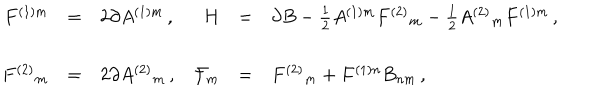
LaTeX: \begin{array} { r c l r c l } { { F ^ { ( 1 ) m } } } & { { = } } & { { 2 \partial A ^ { ( 1 ) m } \, , } } & { { H } } & { { = } } & { { \partial B - { \textstyle \frac { 1 } { 2 } } A ^ { ( 1 ) m } F ^ { ( 2 ) } { } _ { m } - { \textstyle \frac { 1 } { 2 } } A ^ { ( 2 ) } { } _ { m } F ^ { ( 1 ) m } \, , } } \\ { { } } & { { } } & { { } } & { { } } & { { } } & { { } } \\ { { F ^ { ( 2 ) } { } _ { m } } } & { { = } } & { { 2 \partial A ^ { ( 2 ) } { } _ { m } \, , } } & { { { \cal F } _ { m } } } & { { = } } & { { F ^ { ( 2 ) } { } _ { m } + F ^ { ( 1 ) n } B _ { n m } \, , } } \\ \end{array}